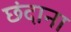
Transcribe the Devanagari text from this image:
छंदाना